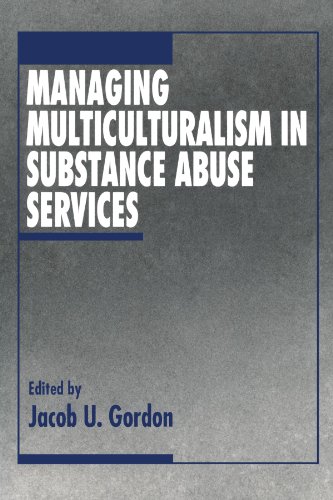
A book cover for Managing Multiculturalism in Substance Abuse Services; Health, Fitness & Dieting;